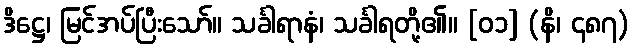
ဒိဋ္ဌေ၊ မြင်အပ်ပြီးသော်။ သင်္ခါရာနံ၊ သင်္ခါရတို့၏။ [၀၁] (နိ၊ ၄၈၇)